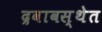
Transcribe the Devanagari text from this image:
द्रवावस्थेत